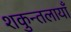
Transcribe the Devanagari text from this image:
शकुन्तलायाँ